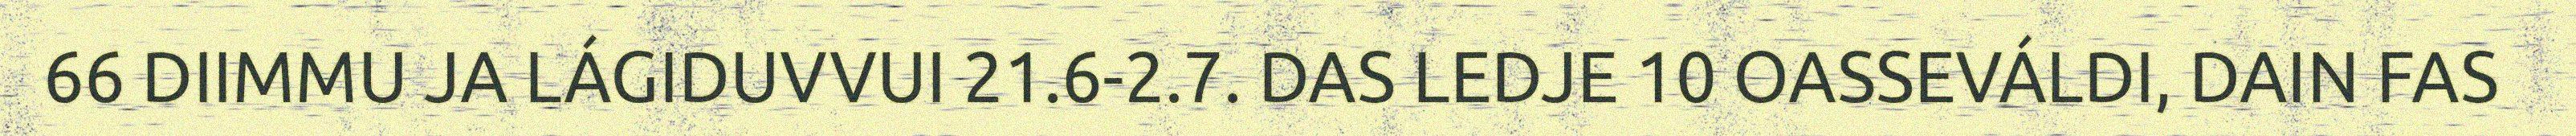
66 DIIMMU JA LÁGIDUVVUI 21.6-2.7. DAS LEDJE 10 OASSEVÁLDI, DAIN FAS